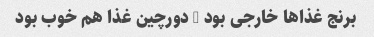
برنج غذا‌ها خارجی بود - دورچین غذا هم خوب بود